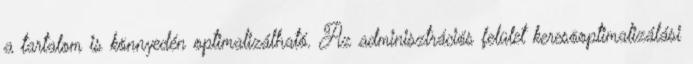
a tartalom is könnyedén optimalizálható. Az adminisztrációs felület keresõoptimalizálási